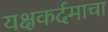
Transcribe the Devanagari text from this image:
यक्षकर्दमाचा